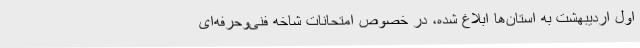
اول اردیبهشت به استان‌ها ابلاغ شده، در خصوص امتحانات شاخه فنی‌وحرفه‌ای